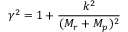
\gamma ^ { 2 } = 1 + \frac { k ^ { 2 } } { ( M _ { r } + M _ { p } ) ^ { 2 } }